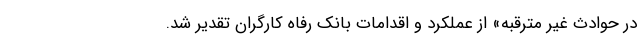
در حوادث غیر مترقبه» از عملکرد و اقدامات بانک رفاه کارگران تقدیر شد.